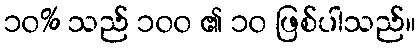
၁၀% သည် ၁၀၀ ၏ ၁၀ ဖြစ်ပါသည်။